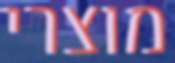
מוצרי